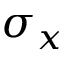
\sigma _ { x }